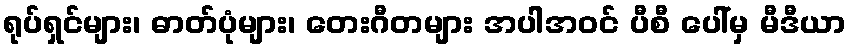
ရုပ်ရှင်များ၊ ဓာတ်ပုံများ၊ တေးဂီတများ အပါအဝင် ပီစီ ပေါ်မှ မီဒီယာ